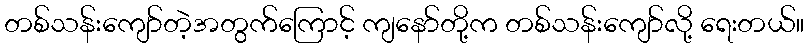
တစ်သန်းကျော်တဲ့အတွက်ကြောင့် ကျနော်တို့က တစ်သန်းကျော်လို့ ရေးတယ်။